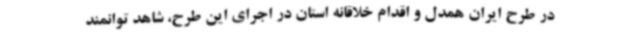
در طرح ایران همدل و اقدام خلاقانه استان در اجرای این طرح، شاهد توانمند